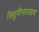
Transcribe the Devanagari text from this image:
त्रियुगीनारायण